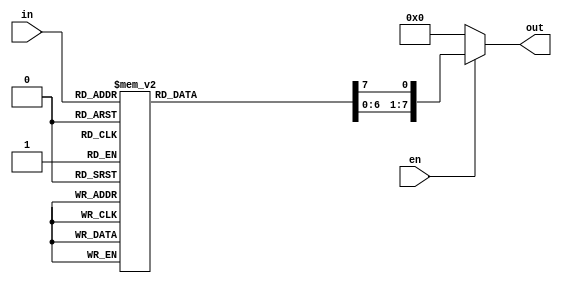
`timescale 1ns / 1ps
//////////////////////////////////////////////////////////////////////////////////
// Company: 
// Engineer: 
// 
// Design Name: 
// Module Name: decoder3x8_casex
// Project Name: 
// Target Devices: 
// Tool Versions: 
// Description: 
// 
// Dependencies: 
// 
// Revision:
// Revision 0.01 - File Created
// Additional Comments:
// 
//////////////////////////////////////////////////////////////////////////////////


module decoder3x8_casex(input [2:0]in,input en,output reg[7:0]out);
always @( in or en)
	begin
      if (en) 
        begin
          out=8'd0;
          casex (in)
              3'b000: out[0]=1'b1;
              3'b001: out[1]=1'b1;
              3'b010: out[2]=1'b1;
              3'b011: out[3]=1'b1;
              3'b100: out[4]=1'b1;
              3'b101: out[5]=1'b1;
              3'b110: out[6]=1'b1;
              3'b111: out[7]=1'b1;
              3'bxxx: out=1'b0;
              default: out=8'd0;
          endcase
      end
else 
out=3'd0;
end
endmodule